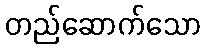
တည်ဆောက်သော